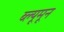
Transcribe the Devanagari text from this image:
ब्ल्यूमून